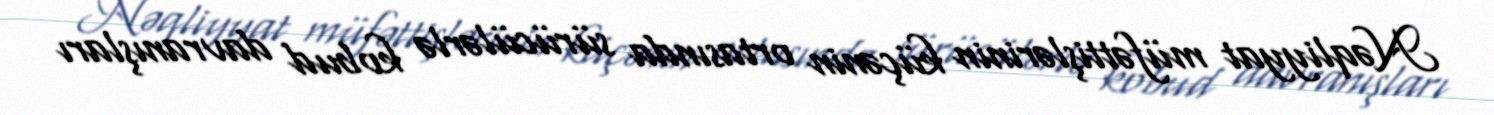
Nəqliyyat müfəttişlərinin küçənin ortasında sürücülərlə kobud davranışları